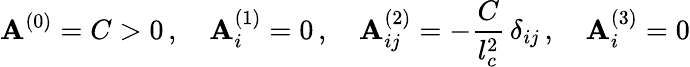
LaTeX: \mathbf{A}^{(0)}=C>0\, ,\quad\mathbf{A}_{i}^{(1)}=0\, ,\quad\mathbf{A}_{ij}^{(2)}=-\frac{{C}}{{l_{c}^{2}}}\, \delta_{ij}\, ,\quad\mathbf{A}_{i}^{(3)}=0